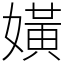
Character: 嫹